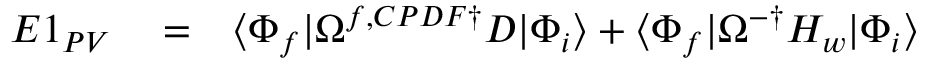
\begin{array} { r l r } { E 1 _ { P V } } & { { } = } & { \langle \Phi _ { f } | \Omega ^ { f , C P D F \dagger } D | \Phi _ { i } \rangle + \langle \Phi _ { f } | \Omega ^ { - \dagger } H _ { w } | \Phi _ { i } \rangle } \end{array}